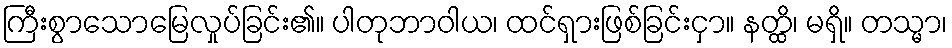
ကြီးစွာသောမြေလှုပ်ခြင်း၏။ ပါတုဘာဝါယ၊ ထင်ရှားဖြစ်ခြင်းငှာ။ နတ္ထိ၊ မရှိ။ တသ္မာ၊